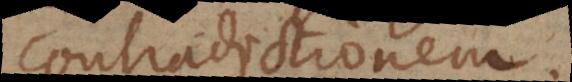
contradictionem.